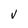
Character: V